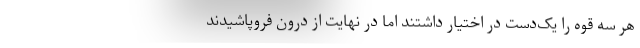
هر سه قوه را یک‌دست در اختیار داشتند اما در نهایت از درون فروپاشیدند